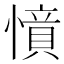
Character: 𢡝